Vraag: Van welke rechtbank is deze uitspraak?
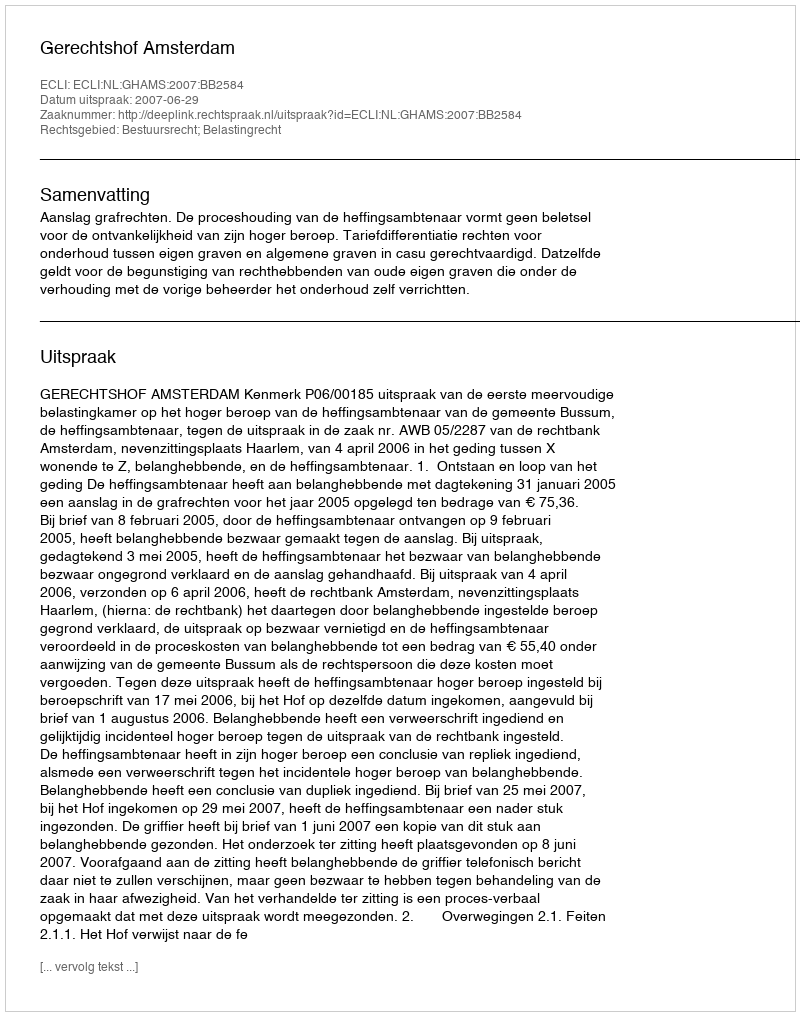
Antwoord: Gerechtshof Amsterdam